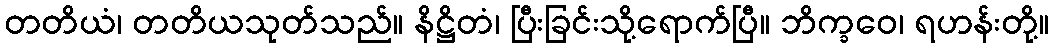
တတိယံ၊ တတိယသုတ်သည်။ နိဋ္ဌိတံ၊ ပြီးခြင်းသို့ရောက်ပြီ။ ဘိက္ခဝေ၊ ရဟန်းတို့။